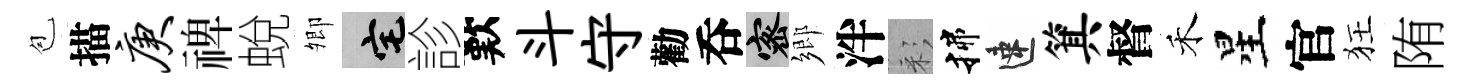
苞描庚禆蛻𡖖宅診歎斗守勸呑密鄉泮彩揲速箕督禾星官狂陏